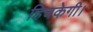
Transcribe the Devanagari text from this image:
हिचकेगी।